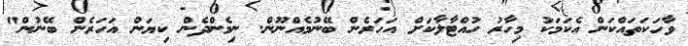
ވާހަކަތައްކަން އެކަމަކު މިހާރު ހުއްޓާލާކަށް އަހަރެން ބޭނުމެއްނޫން. ނިމެންދެން ކިޔަން އަހަރެން ބޭނުން"